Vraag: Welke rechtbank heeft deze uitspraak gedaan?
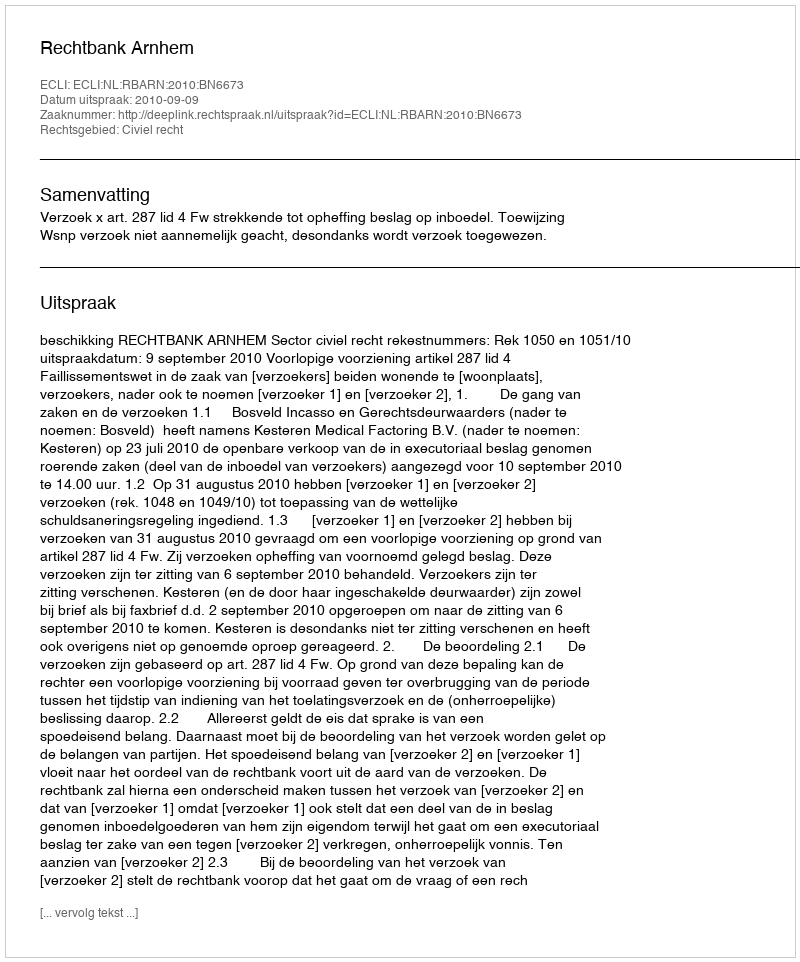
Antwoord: Rechtbank Arnhem